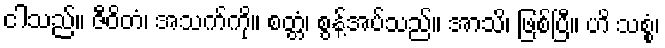
ငါသည်။ ဇီဝိတံ၊ အသက်ကို။ စတ္တံ၊ စွန့်အပ်သည်။ အာသိ၊ ဖြစ်ပြီ။ ဟိ သစ္စံ၊